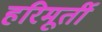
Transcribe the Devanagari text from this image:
हरिमूर्ती